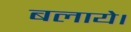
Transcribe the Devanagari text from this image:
बलाये।